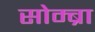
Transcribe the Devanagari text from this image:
सोम्ब्रा